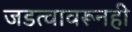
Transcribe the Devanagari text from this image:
जडत्वावरूनही